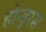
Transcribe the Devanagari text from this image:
होन्डुरस